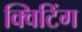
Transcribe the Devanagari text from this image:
क्विटिंग